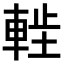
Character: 𫏷